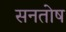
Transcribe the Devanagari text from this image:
सनतोष